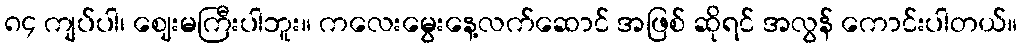
၈၄ ကျပ်ပါ၊ ဈေးမကြီးပါဘူး။ ကလေးမွေးနေ့လက်ဆောင် အဖြစ် ဆိုရင် အလွန် ကောင်းပါတယ်။